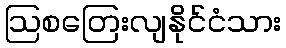
ဩစတြေးလျနိုင်ငံသား